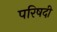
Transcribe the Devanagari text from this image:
परिषदी